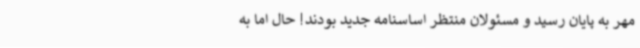
مهر به پایان رسید و مسئولان منتظر اساسنامه جدید بودند! حال اما به